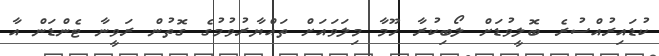
ކުޑައިރުއްސުރެ ބޮލީވުޑަށް ލޯބިކުރާ ހޫމާ މިލަވައަށް ތައްޔާރުވުމުގެ ގޮތުން ރަވީނާ ޓެންޑަން އާ